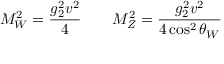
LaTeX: M _ { W } ^ { 2 } = { \frac { g _ { 2 } ^ { 2 } v ^ { 2 } } { 4 } } \qquad M _ { Z } ^ { 2 } = { \frac { g _ { 2 } ^ { 2 } v ^ { 2 } } { 4 \cos ^ { 2 } \theta _ { W } } }